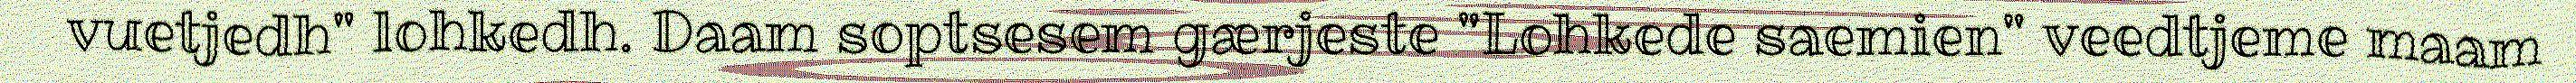
vuetjedh" lohkedh. Daam soptsesem gærjeste "Lohkede saemien" veedtjeme maam